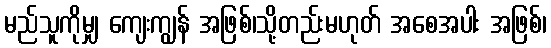
မည်သူကိုမျှ ကျေးကျွန် အဖြစ်၊သို့တည်းမဟုတ် အစေအပါး အဖြစ်၊